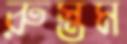
রুস্তম